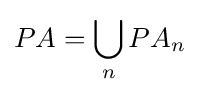
PA=\bigcup _{n}PA_{n}